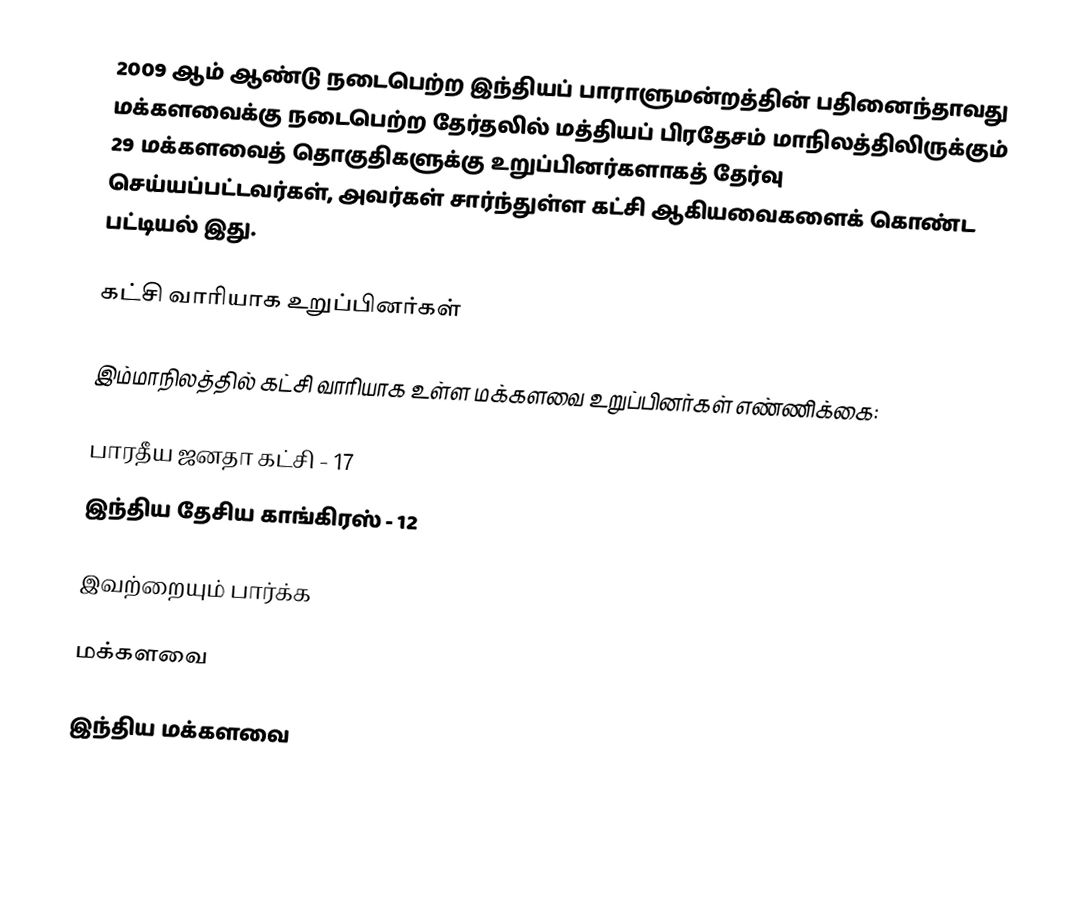
2009 ஆம் ஆண்டு நடைபெற்ற இந்தியப் பாராளுமன்றத்தின் பதினைந்தாவது மக்களவைக்கு நடைபெற்ற தேர்தலில் மத்தியப் பிரதேசம் மாநிலத்திலிருக்கும் 29 மக்களவைத் தொகுதிகளுக்கு உறுப்பினர்களாகத் தேர்வு செய்யப்பட்டவர்கள், அவர்கள் சார்ந்துள்ள கட்சி ஆகியவைகளைக் கொண்ட பட்டியல் இது.

கட்சி வாரியாக உறுப்பினர்கள்

இம்மாநிலத்தில் கட்சி வாரியாக உள்ள மக்களவை உறுப்பினர்கள் எண்ணிக்கை:

பாரதீய ஜனதா கட்சி - 17
இந்திய தேசிய காங்கிரஸ் - 12

இவற்றையும் பார்க்க

மக்களவை

இந்திய மக்களவை